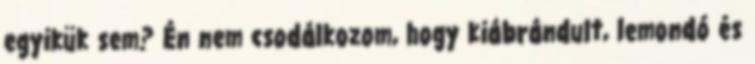
egyikük sem? Én nem csodálkozom, hogy kiábrándult, lemondó és